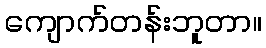
ကျောက်တန်းဘူတာ။